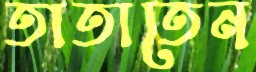
তাতাতেন